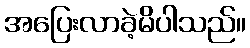
အပြေးလာခဲ့မိပါသည်။